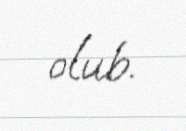
olub.